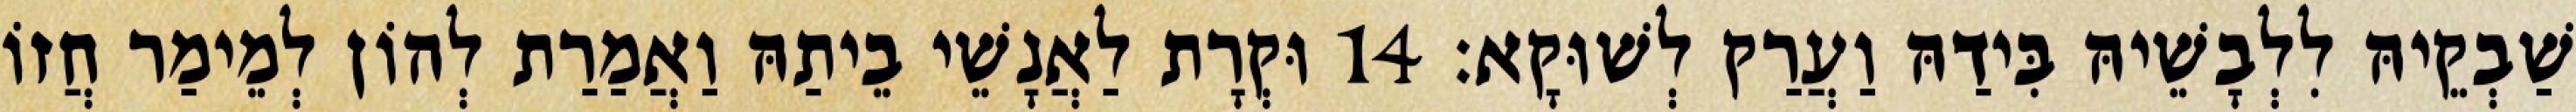
שַׁבְקֵיהּ לִלְבָשֵׁיהּ בִּידַהּ וַעֲרַק לְשׁוּקָא׃ 14 וּקְרָת לַאֲנָשֵׁי בֵיתַהּ וַאֲמַרַת לְהוֹן לְמֵימַר חֲזוֹ